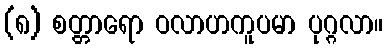
(၈) စတ္တာရော ဝလာဟကူပမာ ပုဂ္ဂလာ။